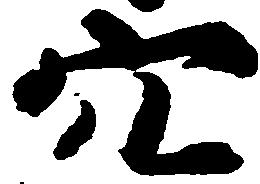
穴